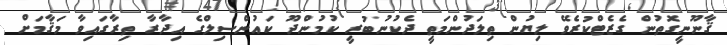
ޤާނޫނީގޮތުން ގެޒެޓްކުރެވޭ ލިޔުން ތިލަދުންމަތީ ދެކުނުބުރީ ކުމުންދޫ ކައުންސިލްގެ އިދާރާ ތިރާގައިވާ މަޤާމަށް